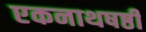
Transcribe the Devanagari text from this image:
एकनाथषष्ठी